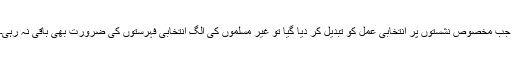
جب مخصوص نشستوں پر انتخابی عمل کو تبدیل کر دیا گیا تو غیر مسلموں کی الگ انتخابی فہرستوں کی ضرورت بھی باقی نہ رہی۔